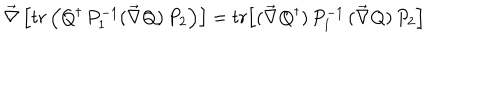
\vec { \nabla } \, \Bigl [ t r \left( Q ^ { \dagger } \, P _ { 1 } ^ { - 1 } ( \vec { \nabla } Q ) \, P _ { 2 } \right) \Bigr ] = t r \Bigl [ ( \vec { \nabla } Q ^ { \dagger } ) \, P _ { 1 } ^ { - 1 } \, ( \vec { \nabla } Q ) \, P _ { 2 } \Bigr ]